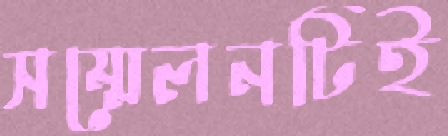
সম্মেলনটিই